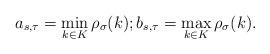
LaTeX: \begin{align*}a_{s,\tau}=\min_{k\in K}\rho_{\sigma}(k);b_{s,\tau}=\max_{k\in K}\rho_{\sigma}(k).\end{align*}